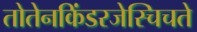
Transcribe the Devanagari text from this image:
तोतेनकिंडरजेस्चिचते